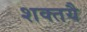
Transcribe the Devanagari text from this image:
शक्तयै